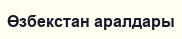
Өзбекстан аралдары